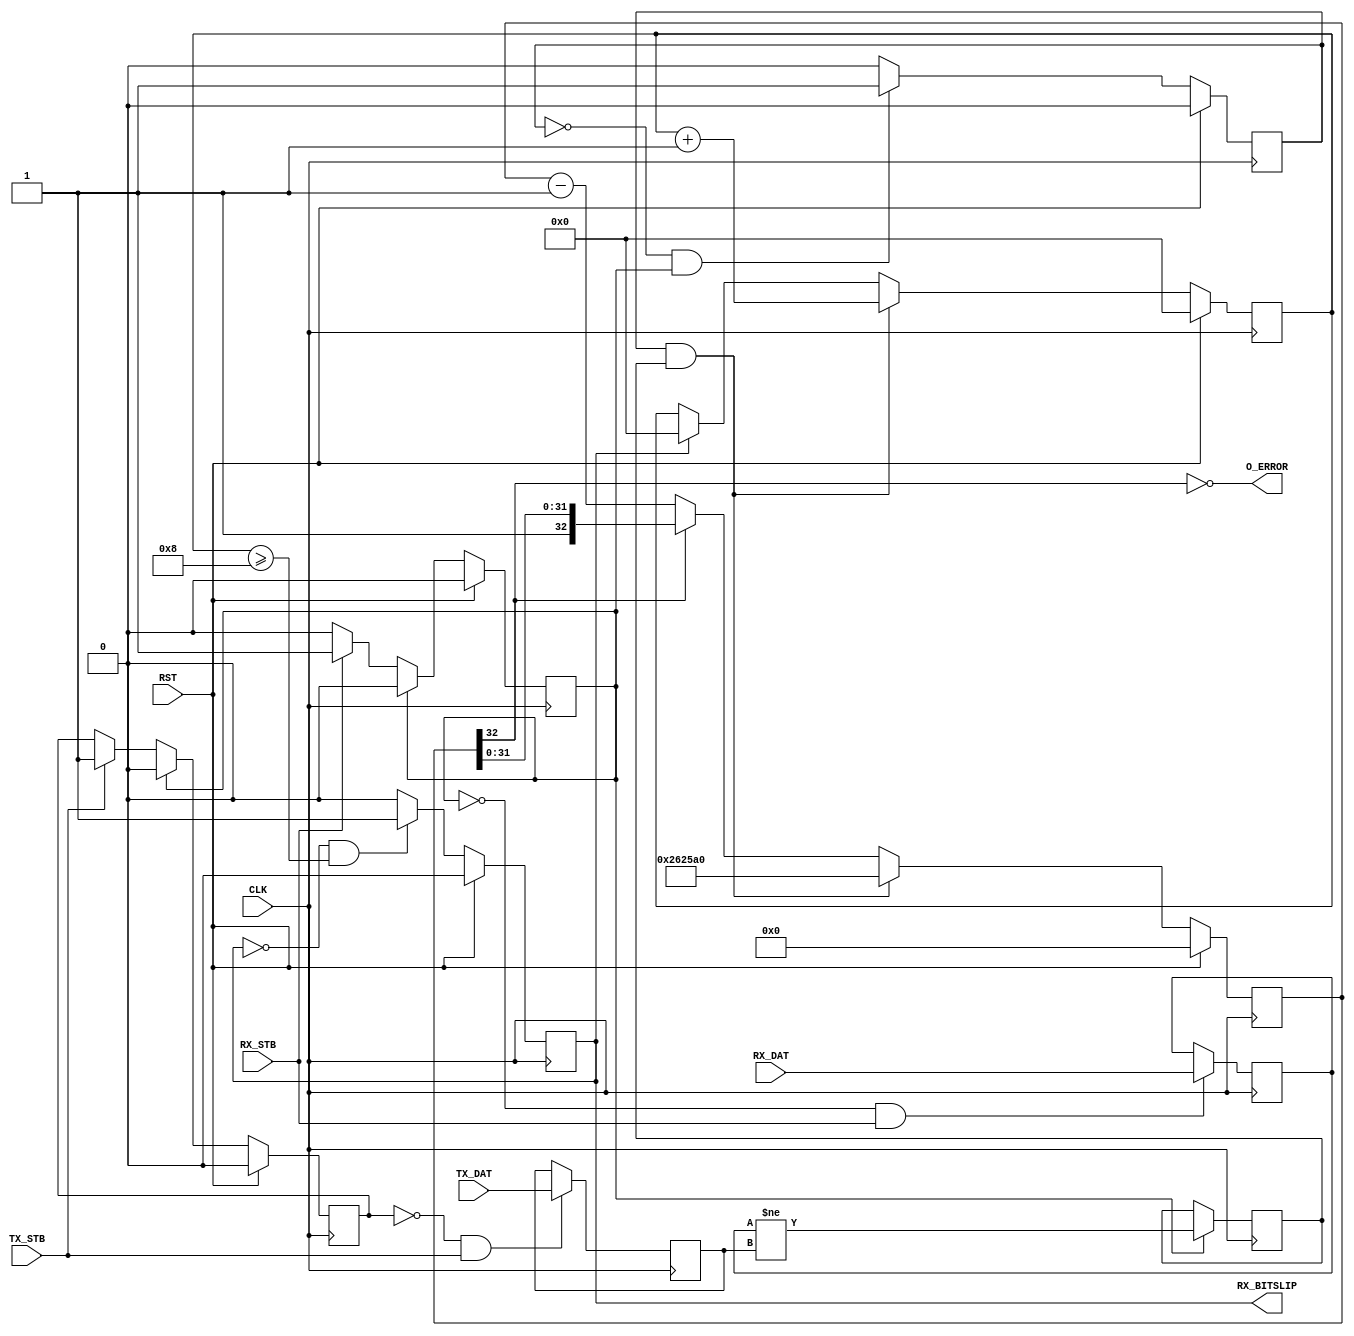
module comparator #
(
parameter WIDTH = 8,
parameter ERROR_COUNT = 8,
parameter ERROR_HOLD = 2500000
)
(
input  wire CLK,
input  wire RST,
input  wire             TX_STB,
input  wire [WIDTH-1:0] TX_DAT,
input  wire             RX_STB,
input  wire [WIDTH-1:0] RX_DAT,
output wire             RX_BITSLIP,
output wire             O_ERROR
);
reg [WIDTH-1:0] tx_dat;
reg             tx_valid;
reg [WIDTH-1:0] rx_dat;
reg             rx_valid;
wire i_rdy = rx_valid && rx_valid;
always @(posedge CLK)
    if (!tx_valid && TX_STB)
        tx_dat <= TX_DAT;
always @(posedge CLK)
    if (RST)
        tx_valid <= 1'b0;
    else if (i_rdy)
        tx_valid <= 1'b0;
    else if (TX_STB)
        tx_valid <= 1'b1;
always @(posedge CLK)
    if (!rx_valid && RX_STB)
        rx_dat <= RX_DAT;
always @(posedge CLK)
    if (RST)
        rx_valid <= 1'b0;
    else if (i_rdy)
        rx_valid <= 1'b0;
    else if (RX_STB)
        rx_valid <= 1'b1;
reg x_stb;
reg x_error;
always @(posedge CLK)
    if (RST)
        x_stb <= 1'b0;
    else if(!x_stb && i_rdy)
        x_stb <= 1'b1;
    else if( x_stb)
        x_stb <= 1'b0;
always @(posedge CLK)
    if (i_rdy)
        x_error <= (rx_dat != tx_dat);
reg [31:0] count_err;
reg        o_bitslip;
always @(posedge CLK)
    if (RST)
        count_err <= 0;
    else if (x_stb && x_error)
        count_err <= count_err + 1;
    else if (o_bitslip)
        count_err <= 0;
always @(posedge CLK)
    if (RST)
        o_bitslip <= 1'b0;
    else if (!o_bitslip && (count_err >= ERROR_COUNT))
        o_bitslip <= 1'b1;
    else if ( o_bitslip)
        o_bitslip <= 1'b0;
assign RX_BITSLIP = o_bitslip;
reg [32:0]  o_cnt;
always @(posedge CLK)
    if (RST)
        o_cnt <= 0;
    else if (x_stb && x_error)
        o_cnt <= ERROR_HOLD;
    else
        o_cnt <= (o_cnt[32]) ? o_cnt : (o_cnt - 1);
assign O_ERROR = !o_cnt[32];
endmodule